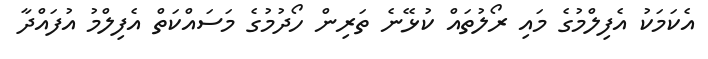
އެކަމަކު އެފިލްމުގެ މައި ރޯލުތައް ކުޅޭނެ ތަރިން ހޯދުމުގެ މަސައްކަތް އެފިލްމު އުފައްދާ